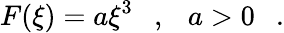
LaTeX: F(\xi)=a\xi^{3}\ \ \ ,\ \ \ a>0\ \ \ .